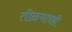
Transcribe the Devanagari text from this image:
तीळमात्रही